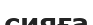
сияға